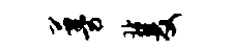
蔓双